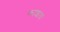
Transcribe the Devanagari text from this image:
काशाय